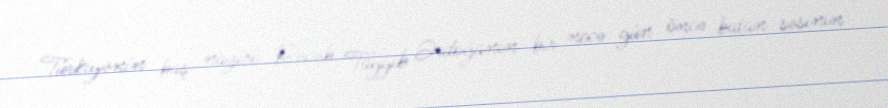
Türkiyənin baş naziri Rəcəb Tayyib Ərdoğanın bir necə gün öncə batan səsinin